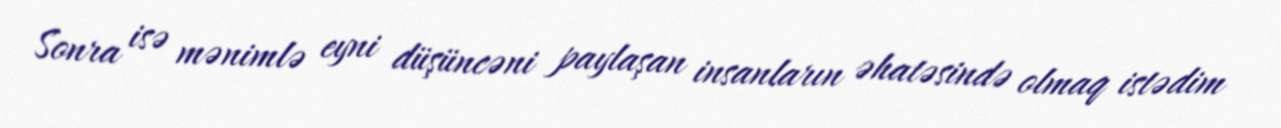
Sonra isə mənimlə eyni düşüncəni paylaşan insanların əhatəsində olmaq istədim